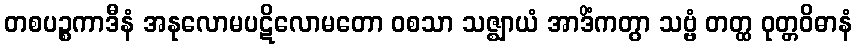
တစပဉ္စကာဒီနံ အနုလောမပဋိလောမတော ဝစသာ သဇ္ဈာယံ အာဒိံကတွာ သဗ္ဗံ တတ္ထ ဝုတ္တဝိဓာနံ